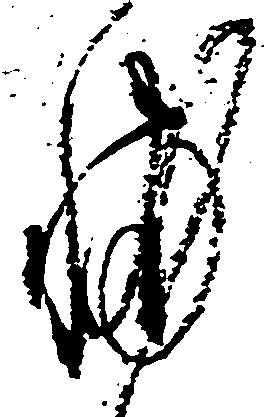
輔